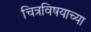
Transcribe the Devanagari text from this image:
चित्रविषयाच्या